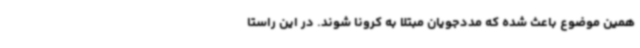
همین موضوع باعث شده که مددجویان مبتلا به کرونا شوند. در این راستا